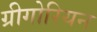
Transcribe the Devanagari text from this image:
ग्रीगोरियन